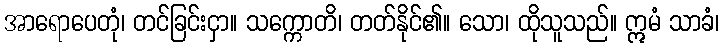
အာရောပေတုံ၊ တင်ခြင်းငှာ။ သက္ကောတိ၊ တတ်နိုင်၏။ သော၊ ထိုသူသည်။ ဣမံ သာခံ၊